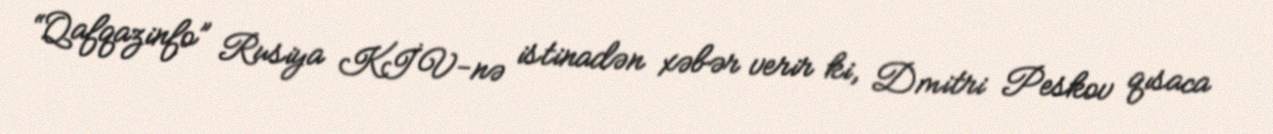
“Qafqazinfo” Rusiya KİV-nə istinadən xəbər verir ki, Dmitri Peskov qısaca